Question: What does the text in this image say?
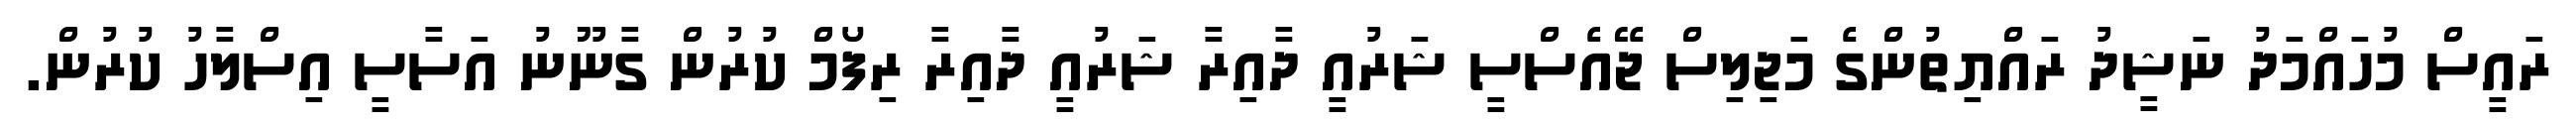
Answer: ރައީސް މުހައްމަދު ނަޝީދު ރައްޔިތުންގެ މަޖިލިސް ޖޭއެސްސީ ޝަރުއީ ދާއިރާ ޝަރުއީ ދާއިރާ ރިފޯމް ކުރުން ގާނޫނު އަސާސީ އިސްލާހު ކުރުން.